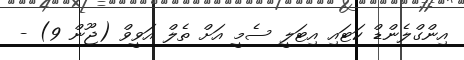
އިންގްލެންޑް ކަޓައި އިޓަލީ ސެމީ އަށް ތެލް އަވީވް (ޖޫން 9) -